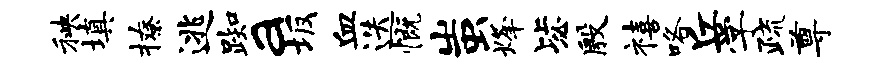
秧填撩逃踟a坂血迭慨蚩烽毖殷禧咯丘学疏尊